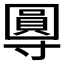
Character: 𭕂